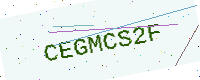
Text: CEGMCS2F